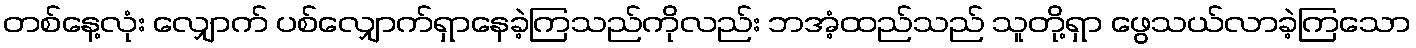
တစ်နေ့လုံး လျှောက် ပစ်လျှောက်ရှာနေခဲ့ကြသည်ကိုလည်း ဘအံ့ထည်သည် သူတို့ရှာ ဖွေသယ်လာခဲ့ကြသော